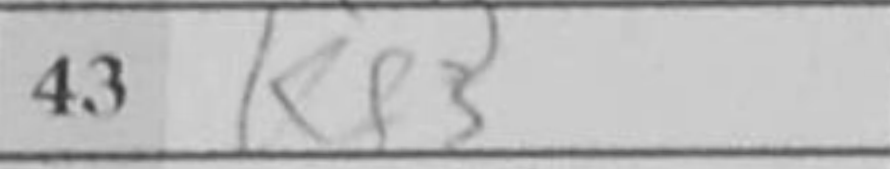
Transcription: Kf3